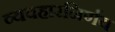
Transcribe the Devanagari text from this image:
व्यवहारनिर्णय